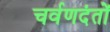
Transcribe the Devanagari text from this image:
चर्वणदंतों